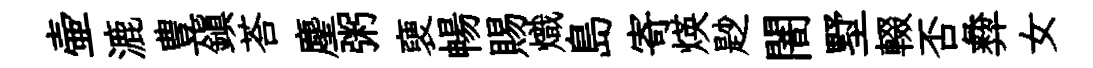
壷漉豊鎭荅麈粥褏暢賜熾島寄煐尟闇墅輟否彜女